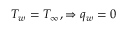
T _ { w } = T _ { \infty } , \Rightarrow q _ { w } = 0